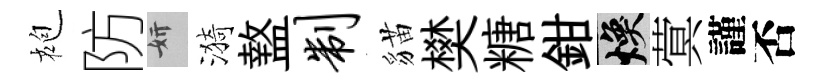
袍防妍漪盩制貓樊糖鉗焕蓂謹否